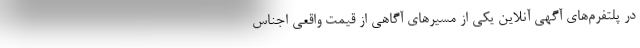
در پلتفرم‌های آگهی آنلاین یکی از مسیرهای آگاهی از قیمت واقعی اجناس